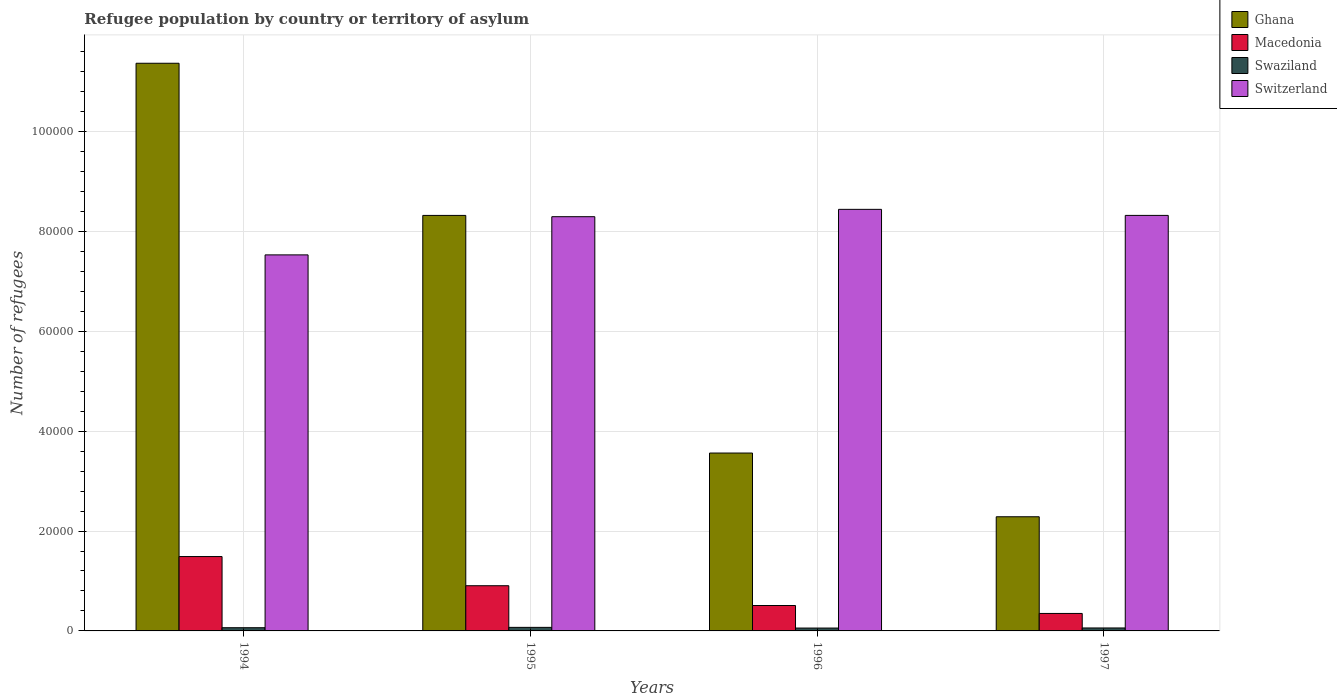
| Years | Ghana | Macedonia | Swaziland | Switzerland |
 | --- | --- | --- | --- | --- |
 | 1994 | 1.14e+05 | 1.49e+04 | 643 | 7.53e+04 |
 | 1995 | 8.32e+04 | 9.05e+03 | 712 | 8.29e+04 |
 | 1996 | 3.56e+04 | 5.09e+03 | 575 | 8.44e+04 |
 | 1997 | 2.29e+04 | 3.5e+03 | 592 | 8.32e+04 |